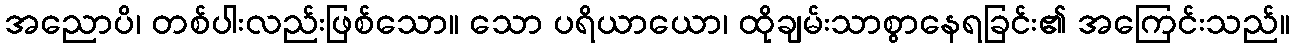
အညောပိ၊ တစ်ပါးလည်းဖြစ်သော။ သော ပရိယာယော၊ ထိုချမ်းသာစွာနေရခြင်း၏ အကြေင်းသည်။